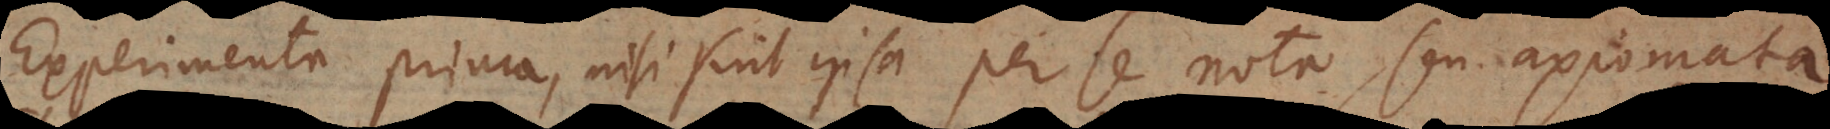
Experimenta prima, nisi sint ipsa per se nota, seu axiomata.